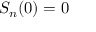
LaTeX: S _ { n } ( 0 ) = 0